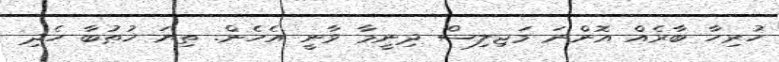
ހުރިހާ ބާރެއް އޮންނަ މަޖިލިސް ދިނީމާ ވާނީ އެހެން. ތިޔަ ޚުޠުބާ ހެދި